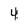
Character: 4